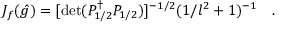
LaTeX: J _ { f } ( \hat { g } ) = [ \operatorname * { d e t } ( P _ { 1 / 2 } ^ { \dagger } P _ { 1 / 2 } ) ] ^ { - 1 / 2 } ( 1 / l ^ { 2 } + 1 ) ^ { - 1 } \quad .